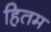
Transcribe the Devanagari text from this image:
हितम